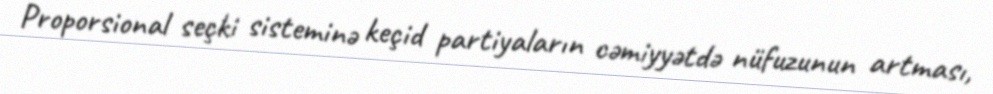
Proporsional seçki sisteminə keçid partiyaların cəmiyyətdə nüfuzunun artması,